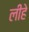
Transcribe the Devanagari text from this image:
लीहे